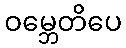
ဝမ္ဘေတိပေ